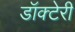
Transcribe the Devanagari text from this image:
डॉक्टेरी